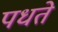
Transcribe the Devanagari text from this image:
पधते